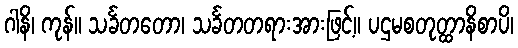
ဂါနိ၊ ကုန်။ သင်္ခတတော၊ သင်္ခတတရားအားဖြင့်။ ပဌမစတုတ္ထာနိစာပိ၊